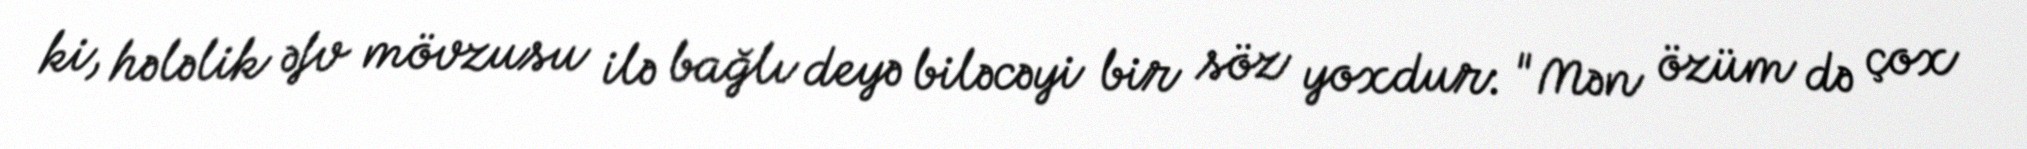
ki, hələlik əfv mövzusu ilə bağlı deyə biləcəyi bir söz yoxdur: "Mən özüm də çox